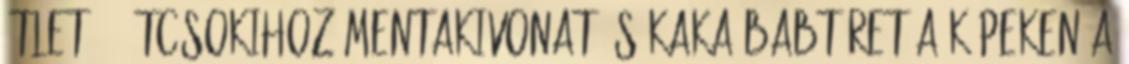
ötlet: - étcsokihoz mentakivonat és kakaóbabtöret a képeken a